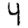
Digit: 4